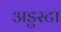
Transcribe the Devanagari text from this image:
अडुस्टा